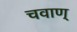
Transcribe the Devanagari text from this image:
चवाण्